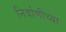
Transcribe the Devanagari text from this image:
निर्वाणीच्या